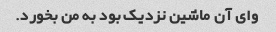
وای آن ماشین نزدیک بود به من بخورد.